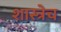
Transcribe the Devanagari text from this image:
शास्त्रेच